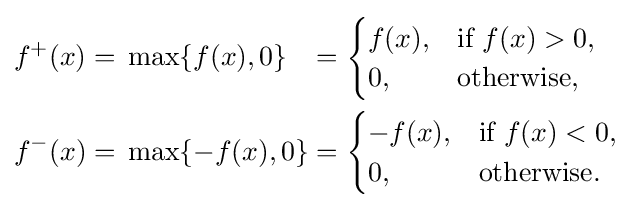
{\begin{alignedat}{3}&f^{+}(x)&&{}={}\max\{f(x),0\}&&{}={}{\begin{cases}f(x),&{\text{if }}f(x)>0,\\0,&{\text{otherwise,}}\end{cases}}\\&f^{-}(x)&&{}={}\max\{-f(x),0\}&&{}={}{\begin{cases}-f(x),&{\text{if }}f(x)<0,\\0,&{\text{otherwise.}}\end{cases}}\end{alignedat}}